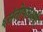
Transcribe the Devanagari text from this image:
६संतोषलक्ष्मी